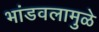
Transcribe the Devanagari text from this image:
भांडवलामुळे